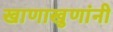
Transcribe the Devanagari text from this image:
खाणाखुणांनी